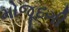
મોજૂદગી